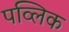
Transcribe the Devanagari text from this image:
पव्लिक